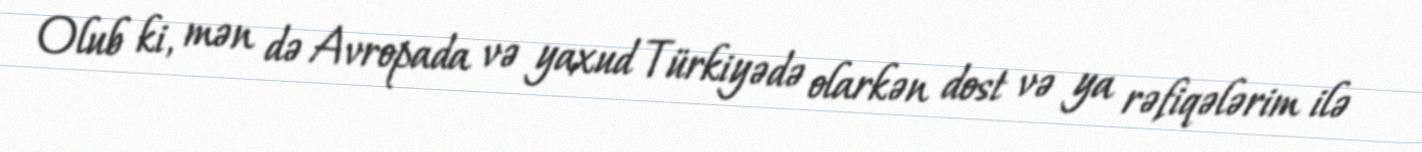
Olub ki, mən də Avropada və yaxud Türkiyədə olarkən dost və ya rəfiqələrim ilə